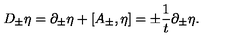
D _ { \pm } \eta = \partial _ { \pm } \eta + [ A _ { \pm } , \eta ] = \pm { \frac { 1 } { t } } \partial _ { \pm } \eta .